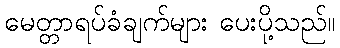
မေတ္တာရပ်ခံချက်များ ပေးပို့သည်။